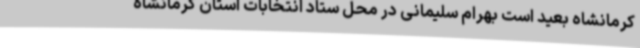
کرمانشاه بعید است بهرام سلیمانی در محل ستاد انتخابات استان کرمانشاه